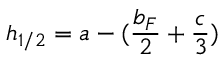
h _ { 1 / 2 } = a - ( \frac { b _ { F } } { 2 } + \frac { c } { 3 } )